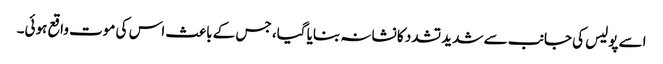
اسے پولیس کی جانب سے شدید تشدد کا نشانہ بنایا گیا، جس کے باعث اس کی موت واقع ہوئی۔